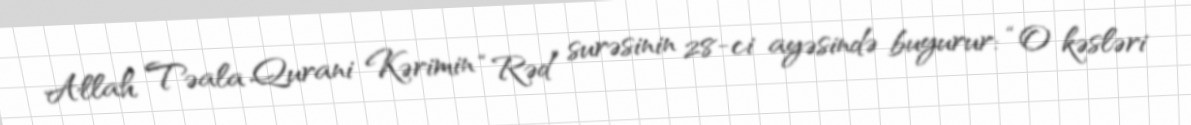
Allah Təala Qurani Kərimin “Rəd” surəsinin 28-ci ayəsində buyurur: “O kəsləri